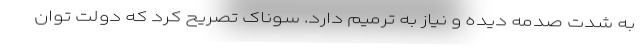
به شدت صدمه دیده و نیاز به ترمیم دارد. سوناک تصریح کرد که دولت توان